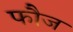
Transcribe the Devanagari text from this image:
फाैज